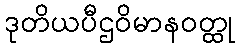
ဒုတိယပီဌဝိမာနဝတ္ထု